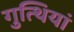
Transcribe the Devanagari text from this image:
गुत्थियां